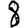
Digit: 8